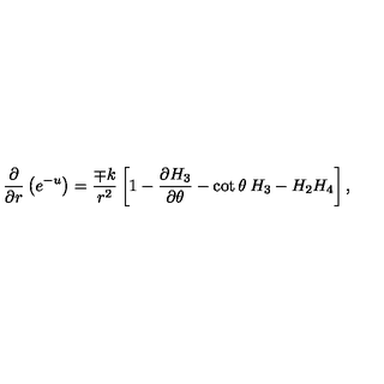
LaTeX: \frac { \partial } { \partial r } \left( e \sp { - u } \right) = \frac { \mp k } { r ^ { 2 } } \left[ 1 - \frac { \partial H _ { 3 } } { \partial \theta } - \cot \theta \: H _ { 3 } - H _ { 2 } H _ { 4 } \right] ,